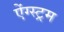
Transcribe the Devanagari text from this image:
ऐंग्स्ट्रम